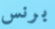
برنس